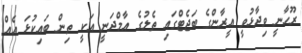
ރޫހާނީ ވިދާޅުވީ އީރާންގެ ބަޖެޓްގައި ތެލުގެ އާމްދަނީ އަކީ ތިން ބައިކުޅަ އެއް